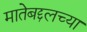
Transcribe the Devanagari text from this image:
मातेबद्दलच्या